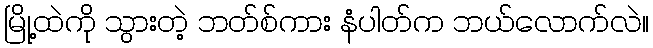
မြို့ထဲကို သွားတဲ့ ဘတ်စ်ကား နံပါတ်က ဘယ်လောက်လဲ။